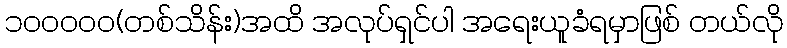
၁၀၀၀၀၀(တစ်သိန်း)အထိ အလုပ်ရှင်ပါ အရေးယူခံရမှာဖြစ် တယ်လို